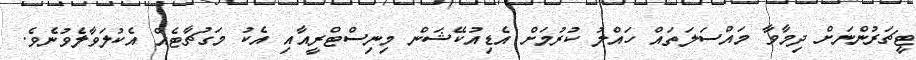
ޓީޗަރުންނަށް ދިމާވާ މައްސަލަތައް ހައްލު ކުރުމަށް އެޑިއުކޭޝަން މިނިސްޓްރީއާއި އެކު މަގުޗާޓެއް އެކުލަވާލެވުނެވެ.